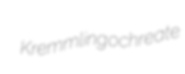
Kremmling ochreate